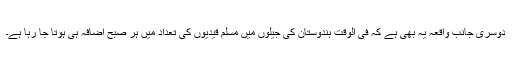
دوسری جانب واقعہ یہ بھی ہے کہ فی الوقت ہندوستان کی جیلوں میں مسلم قیدیوں کی تعداد میں ہر صبح اضافہ ہی ہوتا جا رہا ہے۔